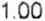
1.00